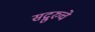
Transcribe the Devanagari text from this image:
सद्गुरुचे